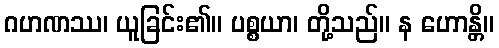
ဂဟဏဿ၊ ယူခြင်း၏။ ပစ္စယာ၊ တို့သည်။ န ဟောန္တိ။